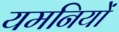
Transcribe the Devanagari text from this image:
यमनियों